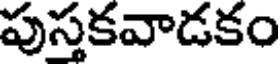
పుస్తకవాడకం